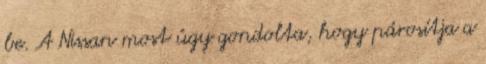
be. A Nissan most úgy gondolta, hogy párosítja a